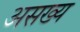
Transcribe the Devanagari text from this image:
असख्य